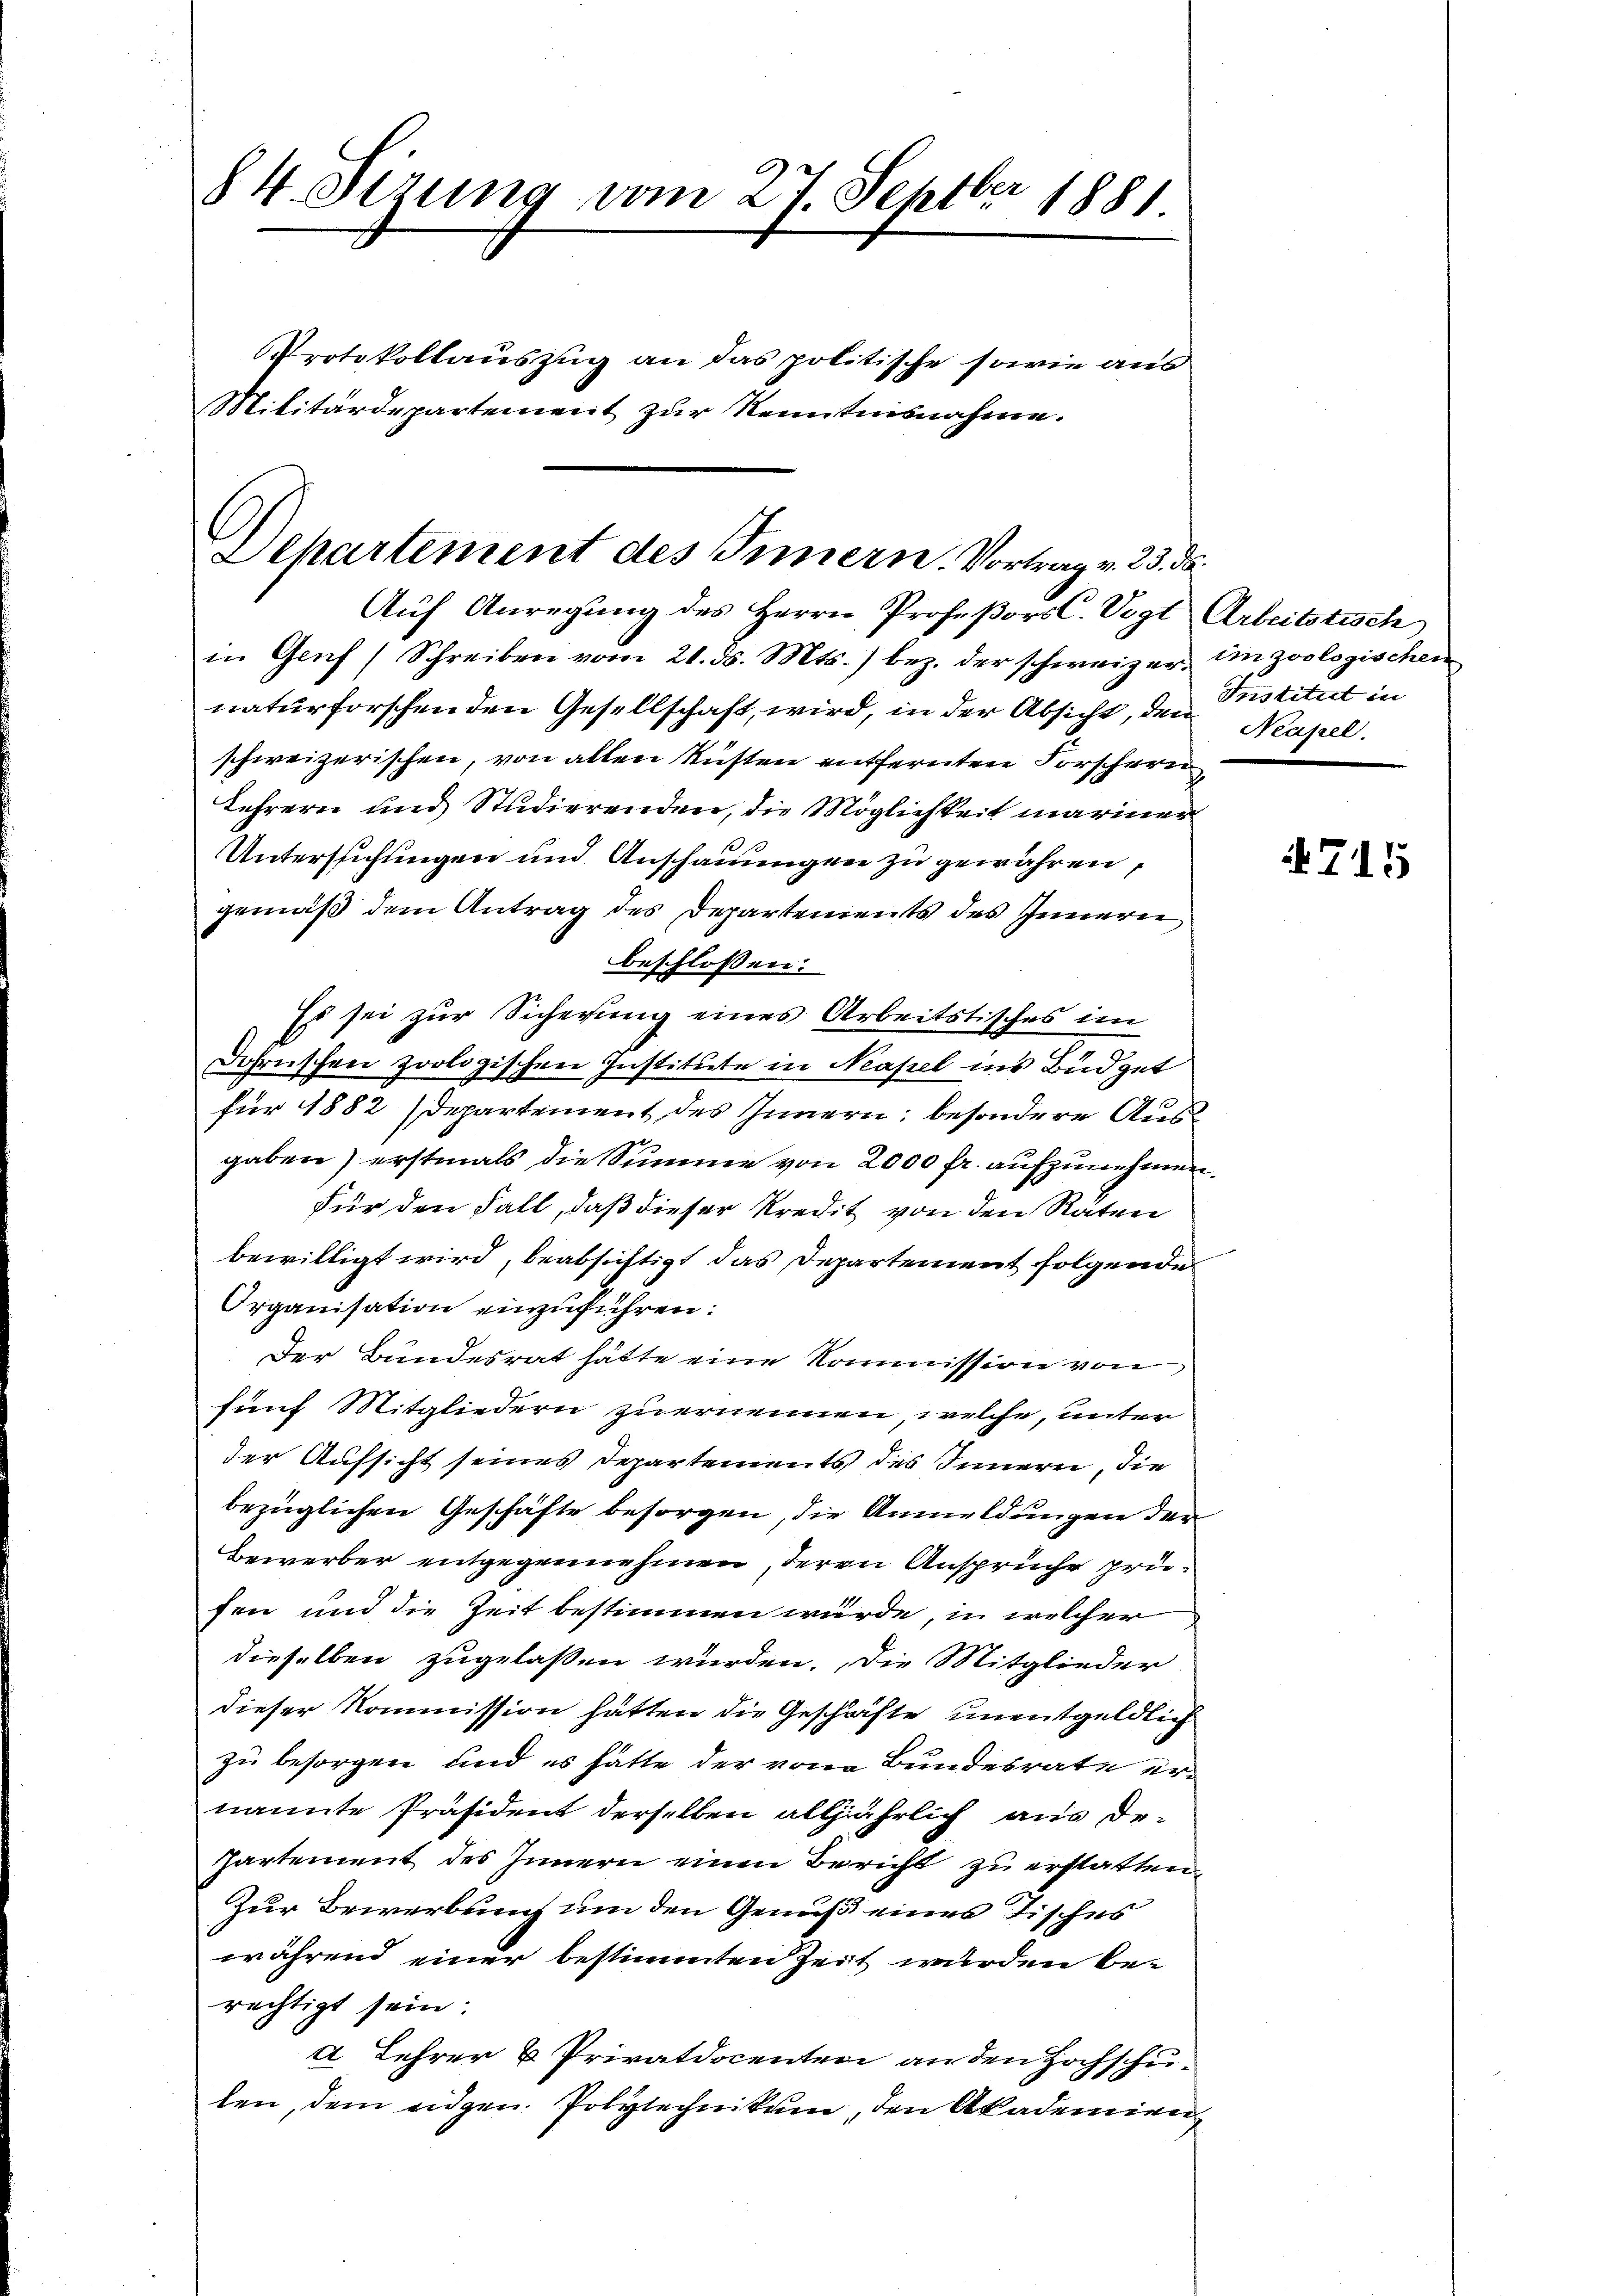
84. Sezung vom 27. Septbr 1881
Protokollauszug an das politische sowie aus
Militärdepartement zur Kenntnisnahme.

Dehartement des Innern. Vortrag v. 23. ds.
Aŭf Anregŭng des Herrn Profeßors C. Vogt Arbeitstisch

in Genf (Schreiben vom 21. ds. Mts.) bez. der schweizer, in zoologischen
naturforschenden Gesellschaft, wird, in der Absicht, den Neapel.
schweizerischen, von allen Rüsten entfernten Forschern
Lehrern und Studierenden, die Möglichkeit mariner
0
Untersuchungen und Anschauungen zu gewähren,
gemäß dem Antrag des Departements des Innern,
beschlossen:
Es sei zur Sicherung eines Arbeitstisches im
Johrnischen zoologischen Institute in Neapel ins Büdget
für 1882 Departement des Innern; besondere Ausgaben) erstmals die Summe von 2000 fr. aufzunehmen.
Für den Fall, daß dieser Kredit von den Räten
bewilligt wird, beabsichtigt das Departement folgende
Organisation einzuführen.
Der Bundesrat hätte eine Kommission von
fünf Mitgliedern zuernennen, welche, unter
der Aufsicht seines Departements des Innern, die
bezüglichen Geschäfte besorgen, die Anmeldungen der
Bewerber entgegennehmen, deren Ansprüche prüfen und die Zeit bestimmen würde, in welcher
dieselben zugelaßen würden. Die Mitglieder
dieser Kommission hätten die Geschäfte unentgeldlich
zu besorgen und es hätte der von Bundesrate ernannte Präsident derselben alljährlich aus de¬
Partement des Innern einen Bericht zu erstatten,
Zur Bewerbung um den Genuß eines Tisches
während einer bestimmten Zeit wurden berechtigt sein.
A Lehrer & Privatdocenten an den Hochschulen, dem eidgen. Polytechnikum, den Akademien

Institut in

4715